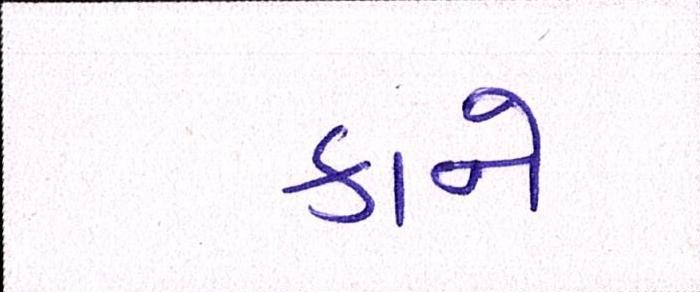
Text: કાને